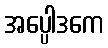
အပ္ပေါဒကေ